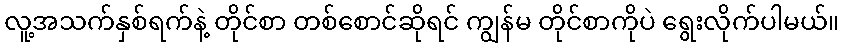
လူ့အသက်နှစ်ရက်နဲ့ တိုင်စာ တစ်စောင်ဆိုရင် ကျွန်မ တိုင်စာကိုပဲ ရွေးလိုက်ပါမယ်။